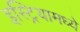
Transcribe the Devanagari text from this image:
इस्ट्रियामध्ये